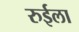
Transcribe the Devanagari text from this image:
रुईला